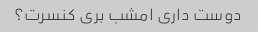
دوست داری امشب بری کنسرت؟